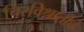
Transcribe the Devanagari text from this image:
चिरविश्रांतीचे